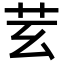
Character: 𦬜